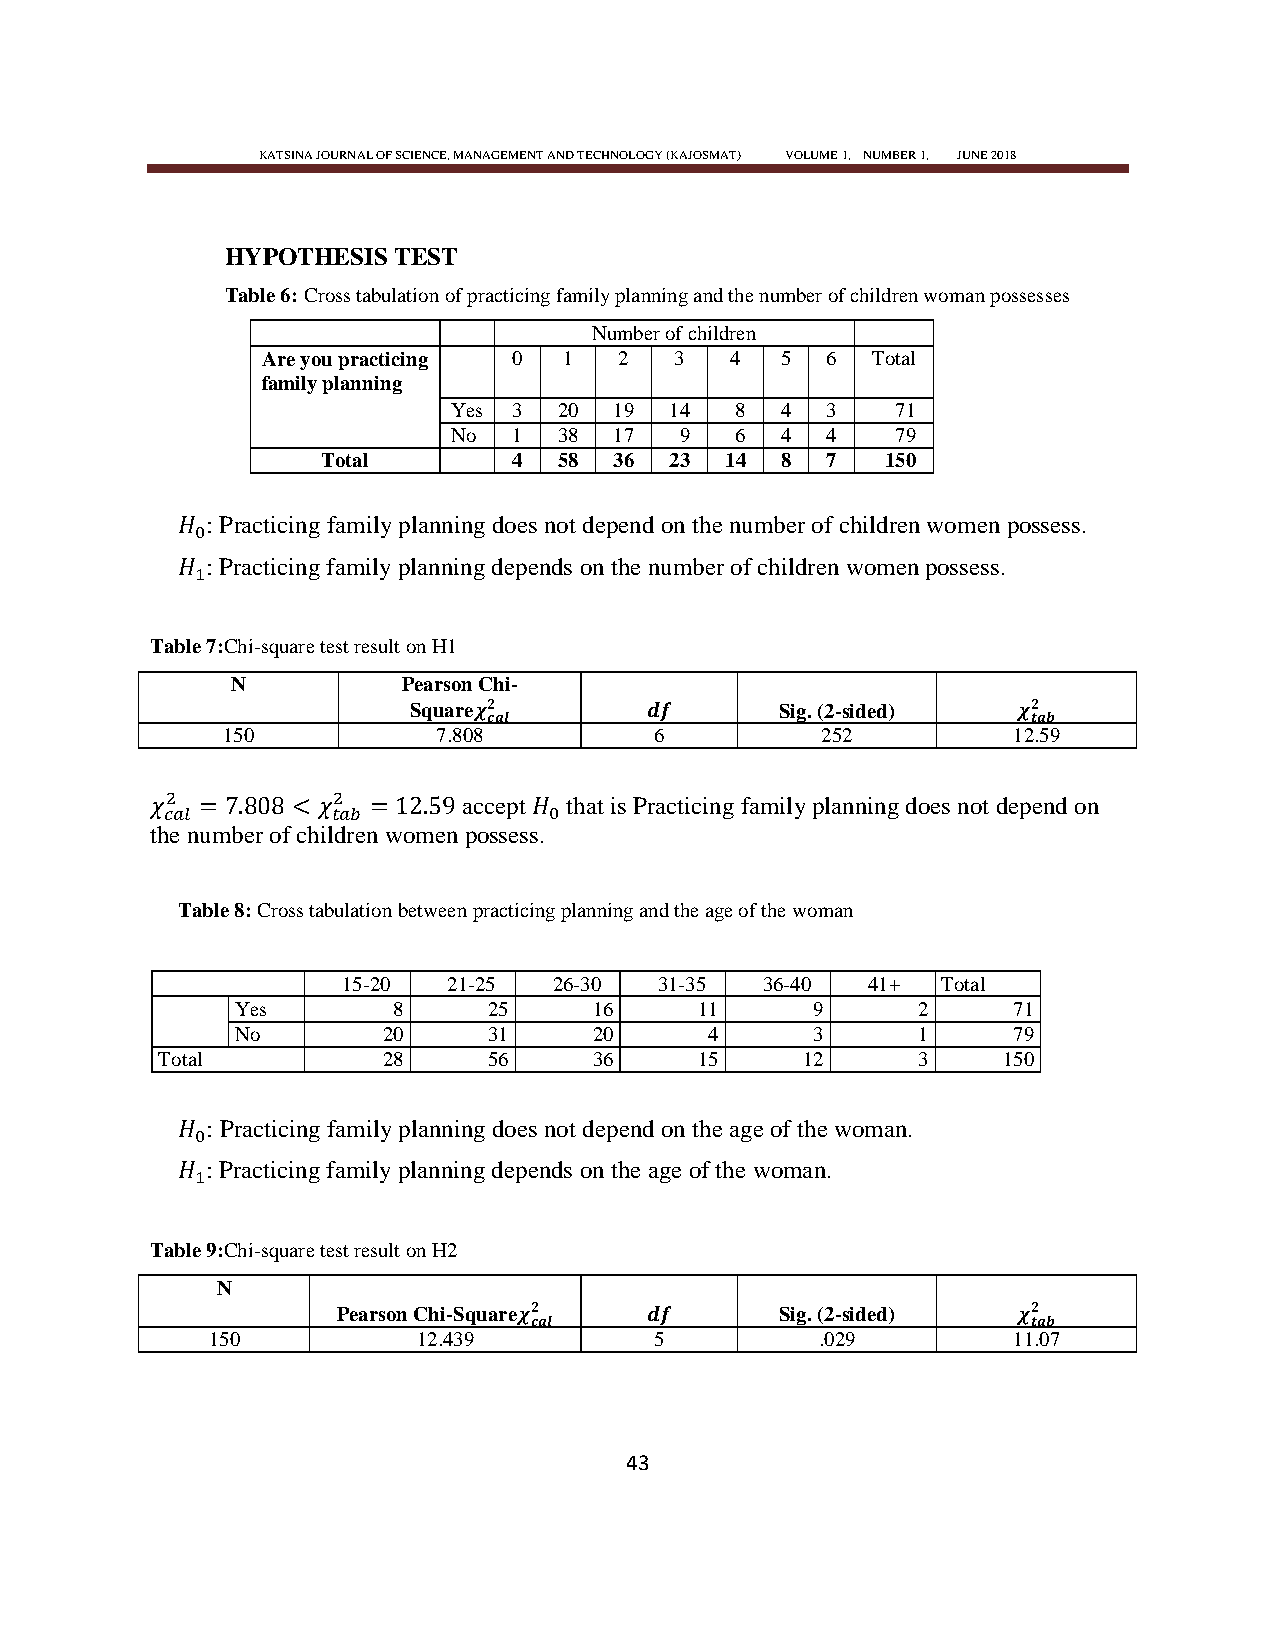
KATSINA JOURNAL OF SCIENCE, MANAGEMENT AND TECHNOLOGY (KAJOSMAT) VOLUME 1, NUMBER 1, JUNE 2018
 HYPOTHESIS TEST
 Table 6: Cross tabulation of practicing family planning and the number of children woman possesses
 Number of children
 Are you practicing 0 1  2   3  4   5  6  Total
 family planning
 Yes 3  20  19 14   8  4  3   71
 No  1  38  17  9   6  4  4   79
 Total        4  58  36 23  14  8  7   150
 : Practicing family planning does not depend on the number of children women possess.
 : Practicing family planning depends on the number of children women possess.
 Table 7:Chi-square test result on H1
 N           Pearson Chi-
 Square                   Sig. (2-sided)
 150           7.808         6          252          12.59
 accept that is Practicing family planning does not depend on
 the number of children women possess.
 Table 8: Cross tabulation between practicing planning and the age of the woman
 15-20  21-25  26-30  31-35 36-40  41+  Total
 Yes       8     25     16     11      9      2     71
 No       20     31     20      4      3      1     79
 Total          28     56     36     15     12      3    150
 : Practicing family planning does not depend on the age of the woman.
 : Practicing family planning depends on the age of the woman.
 Table 9:Chi-square test result on H2
 N
 Pearson Chi-Square            Sig. (2-sided)
 150           12.439         5          .029         11.07
 43